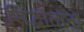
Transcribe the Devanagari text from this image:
सिद्धांताना